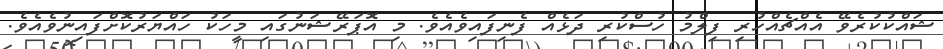
ޝައްކުކުރެވޭ އެއްޗެއްހުރި ފިލްމު ހުސްކުރި ދަޅެއް ފެނިފައިވެއެވެ. މި އޮޕަރޭޝަނުގައި މީހަކު ހައްޔަރުކޮށްފައިނުވެއެވެ.